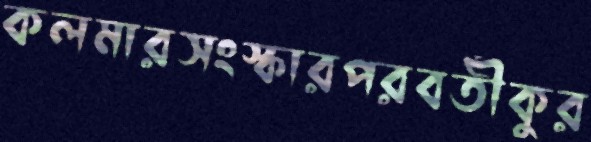
কলমারসংস্কারপরবর্তীকুর